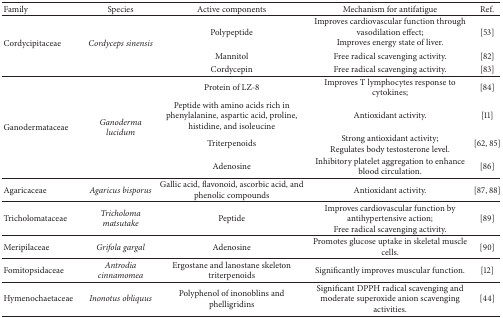
| Family | Species | Active components | Mechanism for antifatigue | Ref. |
 | --- | --- | --- | --- | --- |
 | <ROWSPAN=3> Cordycipitaceae | <ROWSPAN=3> Cordyceps sinensis | Polypeptide | Improves cardiovascular function through vasodilation effect;Improves energy state of liver. | [53] |
 | Mannitol | Free radical scavenging activity. | [82] |
 | Cordycepin | Free radical scavenging activity. | [83] |
 | <ROWSPAN=4> Ganodermataceae | <ROWSPAN=4> Ganoderma lucidum | Protein of LZ-8 | Improves T lymphocytes response to cytokines; | [84] |
 | Peptide with amino acids rich in phenylalanine, aspartic acid, proline, histidine, and isoleucine | Antioxidant activity. | [11] |
 | Triterpenoids | Strong antioxidant activity;Regulates body testosterone level. | [62, 85] |
 | Adenosine | Inhibitory platelet aggregation to enhance blood circulation. | [86] |
 | Agaricaceae | Agaricus bisporus | Gallic acid, flavonoid, ascorbic acid, and phenolic compounds | Antioxidant activity. | [87, 88] |
 | Tricholomataceae | Tricholoma matsutake | Peptide | Improves cardiovascular function by antihypertensive action;Free radical scavenging activity. | [89] |
 | Meripilaceae | Grifola gargal | Adenosine | Promotes glucose uptake in skeletal muscle cells. | [90] |
 | Fomitopsidaceae | Antrodia cinnamomea | Ergostane and lanostane skeleton triterpenoids | Significantly improves muscular function. | [12] |
 | Hymenochaetaceae | Inonotus obliquus | Polyphenol of inonoblins and phelligridins | Significant DPPH radical scavenging and moderate superoxide anion scavenging activities. | [44] |